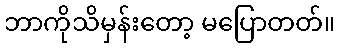
ဘာကိုသိမှန်းတော့ မပြောတတ်။